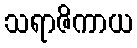
သရာဇိကာယ